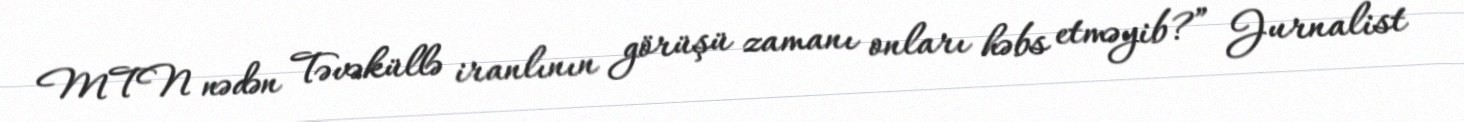
MTN nədən Təvəküllə iranlının görüşü zamanı onları həbs etməyib?” Jurnalist